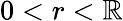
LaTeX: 0<r<\mathbb{R}